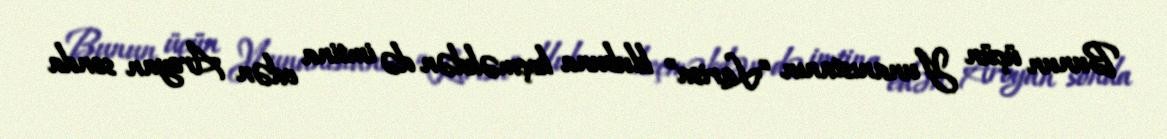
Bunun üçün Yunanıstanın “Larisa” klubuna keçməkdən də imtina edən Aroyan sonda